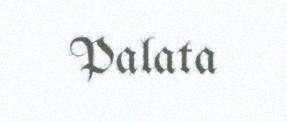
Palata